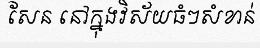
សែន នៅក្នុងវិស័យធំៗសំខាន់